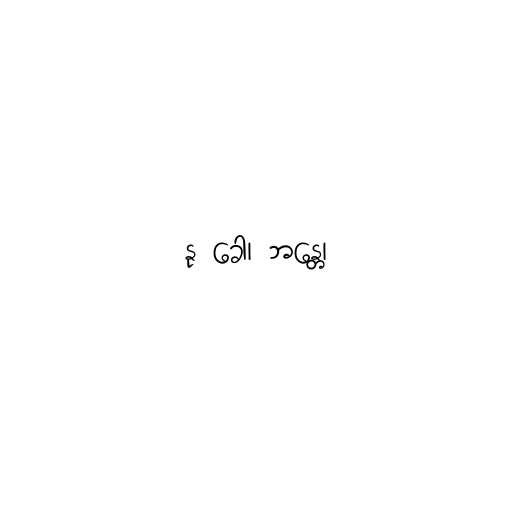
နု ခေါ၊ ဘန္တေ၊